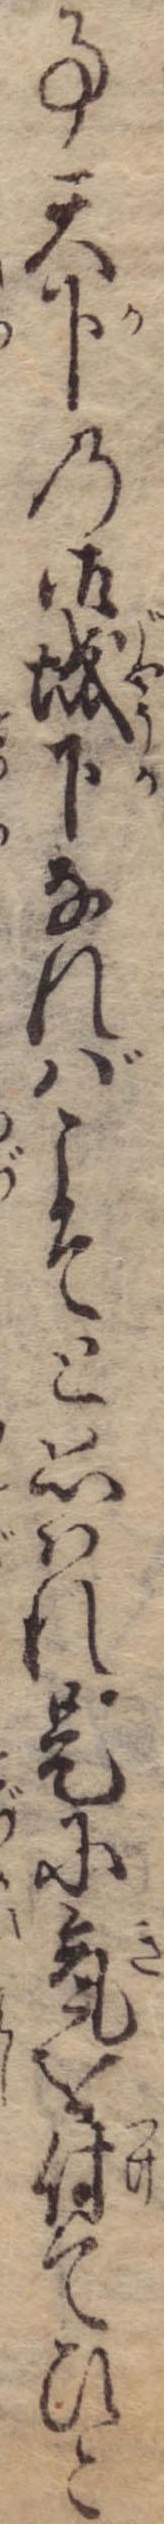
事天下の御城下なればこそと思はれ是に気を付てひと